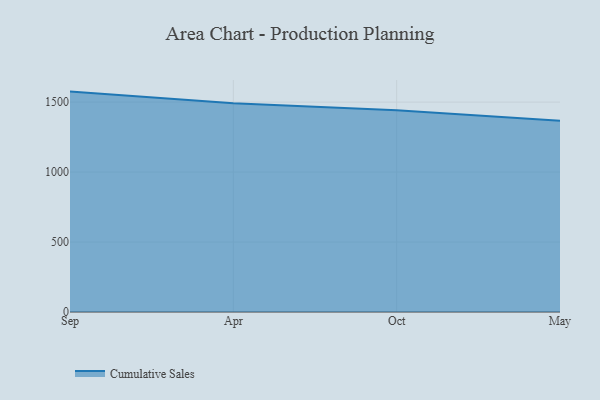
{"axis": {"x": "Month", "y": "Latency (ms)"}, "legend": ["Cumulative Sales"], "data": [{"x": "Sep", "y": 1575.0, "type": "Cumulative Sales"}, {"x": "Apr", "y": 1492.5, "type": "Cumulative Sales"}, {"x": "Oct", "y": 1441.9, "type": "Cumulative Sales"}, {"x": "May", "y": 1366.3, "type": "Cumulative Sales"}]}